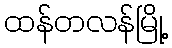
ထန်တလန်မြို့